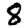
Digit: 8